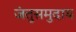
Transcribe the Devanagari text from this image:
जंतुसमुदाय